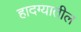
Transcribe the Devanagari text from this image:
हादग्यातील